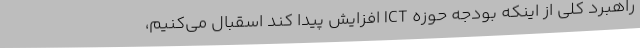
راهبرد کلی از اینکه بودجه حوزه ICT افزایش پیدا کند اسقبال می‌کنیم،